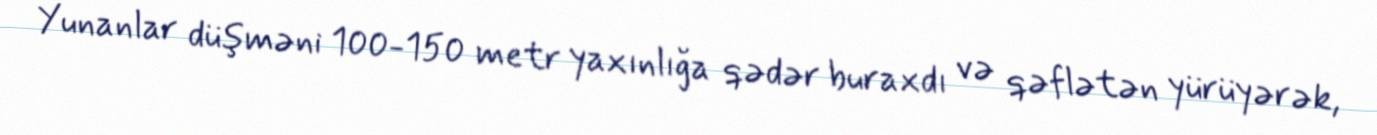
Yunanlar düşməni 100-150 metr yaxınlığa qədər buraxdı və qəflətən yürüyərək,